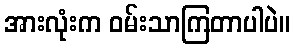
အားလုံးက ဝမ်းသာကြတာပါပဲ။